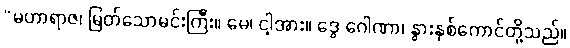
“မဟာရာဇ၊ မြတ်သောမင်းကြီး။ မေ၊ ငါ့အား။ ဒွေ ဂေါဏာ၊ နွားနှစ်ကောင်တို့သည်။